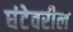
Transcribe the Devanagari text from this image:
घंटेवरील